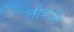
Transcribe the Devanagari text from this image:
लीवानि